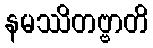
နမဿိတဗ္ဗာတိ